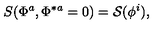
S ( \Phi ^ { a } , \Phi ^ { \ast a } = 0 ) = { \cal S } ( \phi ^ { i } ) ,